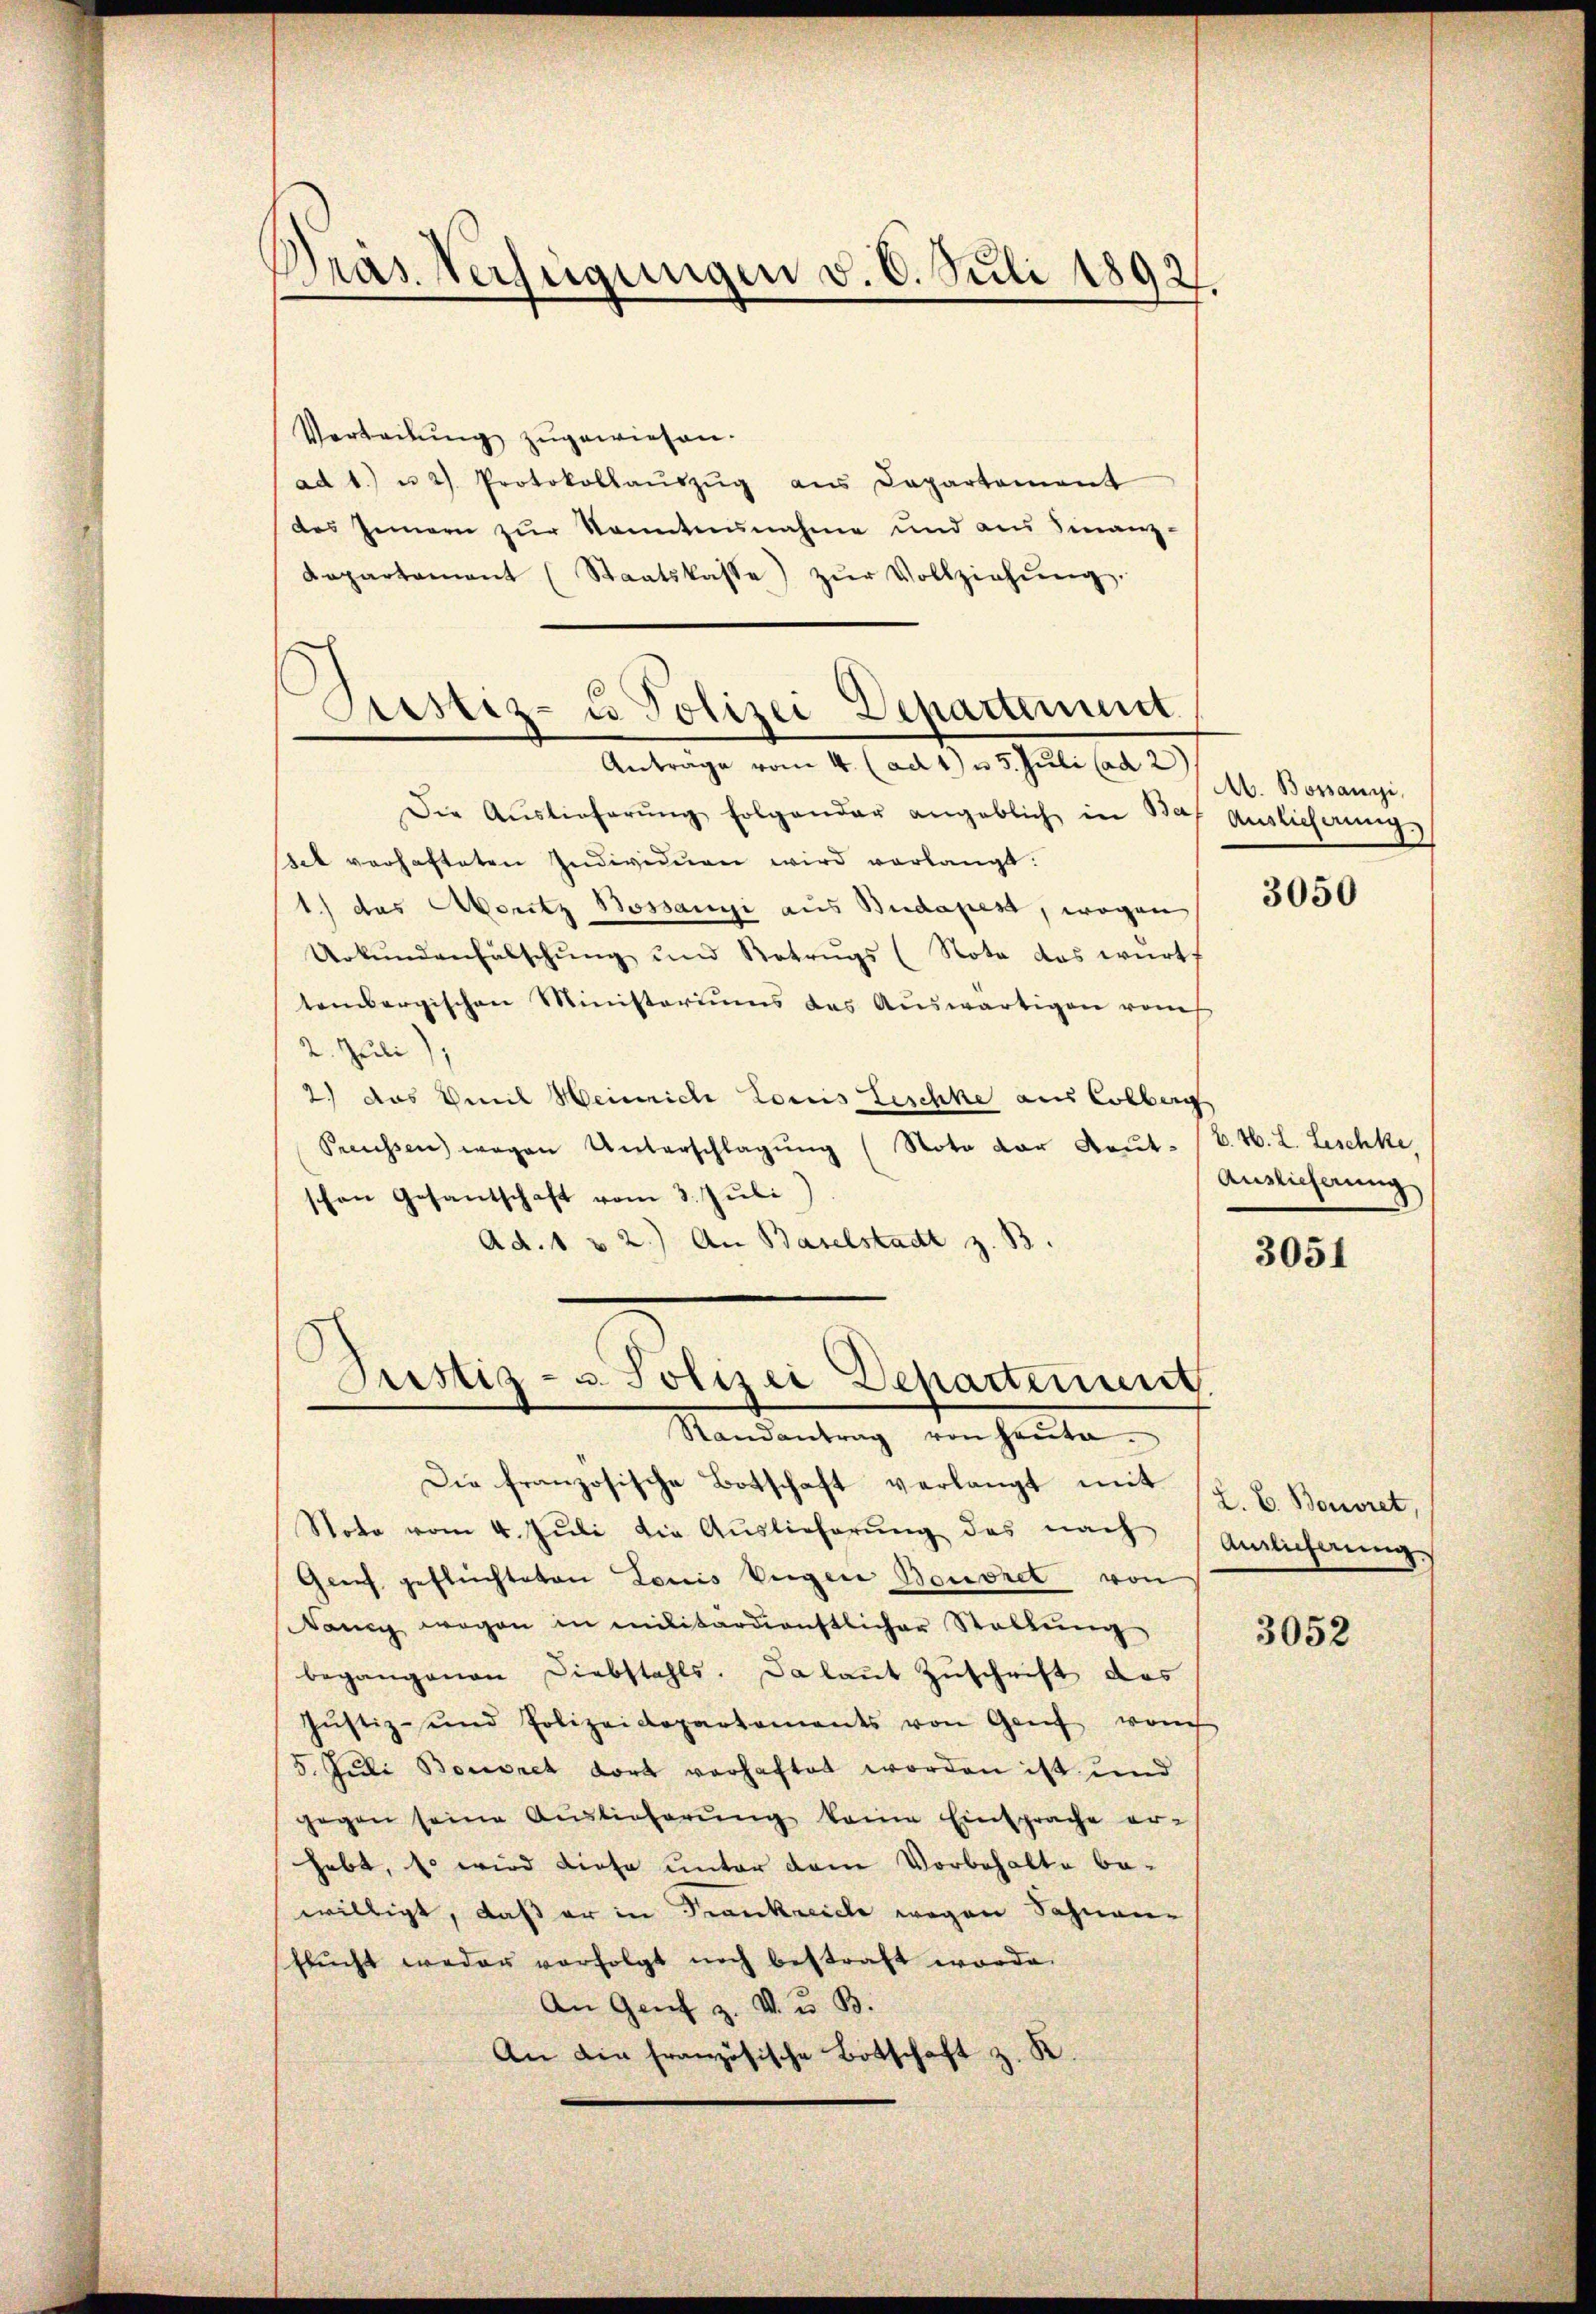
Dras Verfügungen v. 6. Juli 1892.

Verteilung zugewiesen.
ad 1. u 2) Protokollaŭszŭg ans Departement
des Innern zur Kenntnunahme und aus Finanz-
Departament (Staatskasse) zŭr Vollziehŭng.
Justiz- u Polizei Departement.

Antrage vom 4. (ad 1) u 5. Juli (ad 2

Die Aŭslieferŭng folgender angeblich in Baf Auslieferung
stet verhafteten Individuen wird verlangt.
1.) das Aboritz Bossanyi aus Budapest, wogen
Urkŭndenfälschung und Retrŭgs (Nota das wirts
tembergischen Ministeriums des Aŭswärtigen vom
2. Juli
2.) Das Emil Heinrich Loris Beschke aus Colberg
Preussen) wegen Unterschlagung (Nota der Kaŭt. (S. 46. L. Leschke,
schon Gesantschaft vom 3. Juli
Ad. 1 u 2.) An Baselstadt z. B.

Justiz- u. Polizei Departenunt
Randantrag von heŭte.

Die französische Botschaft verlangt mit (z. B. Bouvret,
Note vom 4. Juli die Auslieferŭng des nach Anlicherungs
Greif geflüchteten Louis Verger Bouoret von
Nancy wegen in militärdienstlicher Stallŭng
begangenen Diebstahls. Da laut Zuschrift das
Justiz- und Polizeidepartements von Genf vom
5. Juli Bourch dort verhaftet worden ist und
gegen seine Auslieferŭng keine Einsprache er-
habt, so wird diese unter dem Vorbehalte bewilligt, daß er in Krankreich wegen Sahnen-
shlŭcht weder verfolgt noch bestraft worde.
An Genf z. V. u. B.
An die französische Botschaft z. K.

Ab. Bossangi,

3050

Auslieferung

3051

3052